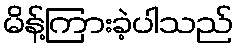
မိန့်ကြားခဲ့ပါသည်